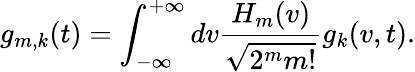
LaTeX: g_{m,k}(t)=\int_{-\infty}^{+\infty}dv\frac{H_{m}(v)}{\sqrt{2^{m}m!}}g_{k}(v,t).